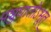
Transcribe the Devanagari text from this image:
पशुघातोऽभूत्‌